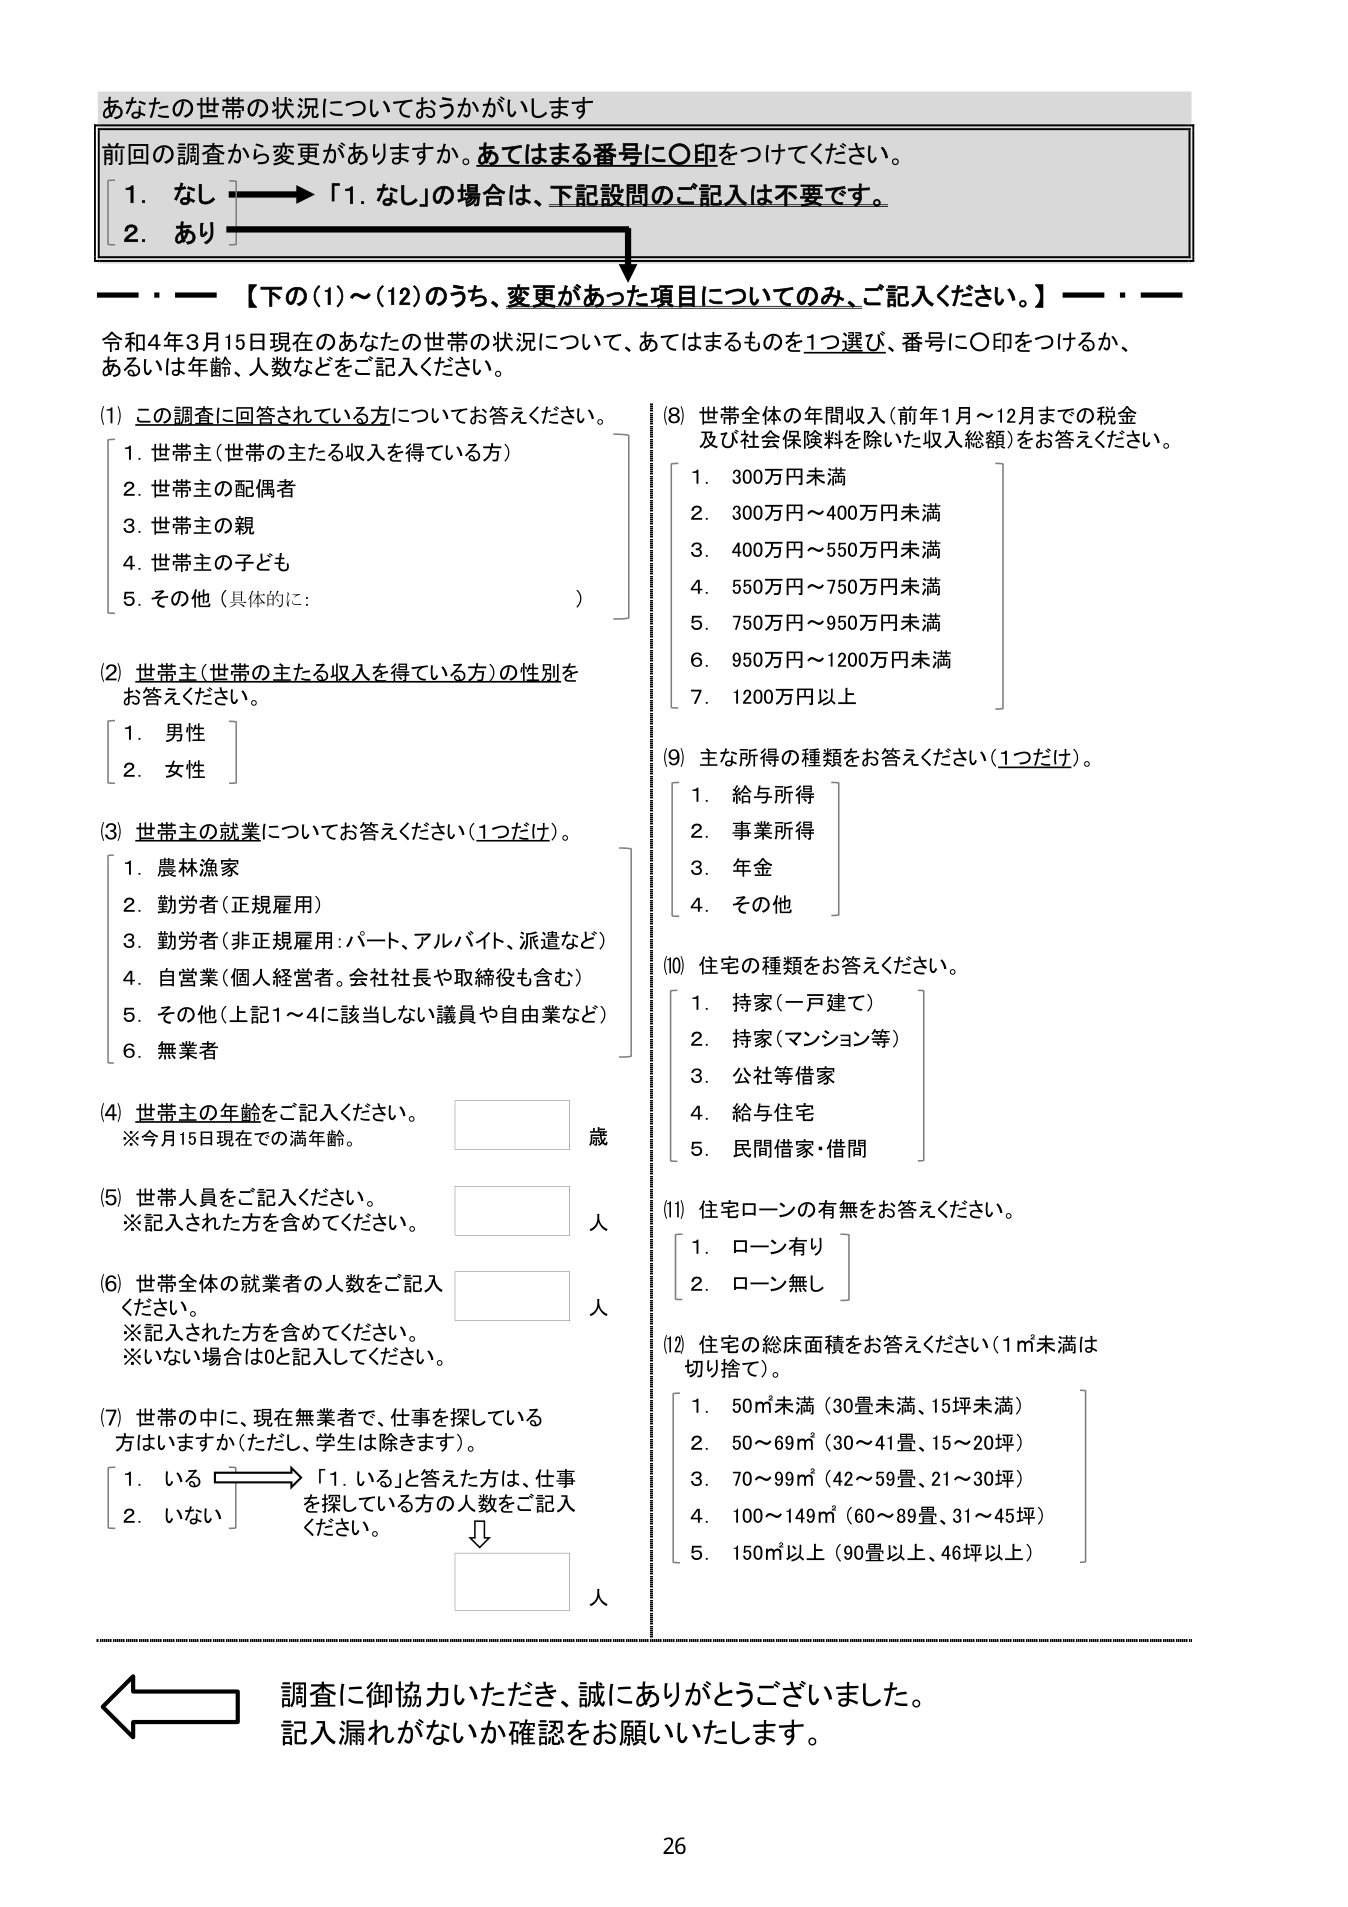
あなたの世帯の状況についておうかがいします

前回の調査から変更がありますか。あてはまる番号に○印をつけてください。
[ 1. なし ] → 「1. なし」の場合は、下記設問のご記入は不要です。
[ 2. あり ]

【下の(1)～(12)のうち、変更があった項目についてのみ、ご記入ください。】

令和4年3月15日現在のあなたの世帯の状況について、あてはまるものを1つ選び、番号に○印をつけるか、あるいは年齢、人数などをご記入ください。

(1) この調査に回答されている方についてお答えください。
[ 1. 世帯主（世帯の主たる収入を得ている方） ]
[ 2. 世帯主の配偶者 ]
[ 3. 世帯主の親 ]
[ 4. 世帯主の子ども ]
[ 5. その他（具体的に：　　　　　　　　　　　） ]

(2) 世帯主（世帯の主たる収入を得ている方）の性別をお答えください。
[ 1. 男性 ]
[ 2. 女性 ]

(3) 世帯主の就業についてお答えください（1つだけ）。
[ 1. 農林漁家 ]
[ 2. 勤労者（正規雇用） ]
[ 3. 勤労者（非正規雇用：パート、アルバイト、派遣など） ]
[ 4. 自営業（個人経営者。会社社長や取締役も含む） ]
[ 5. その他（上記1～4に該当しない議員や自由業など） ]
[ 6. 無業者 ]

(4) 世帯主の年齢をご記入ください。
※今月15日現在での満年齢。